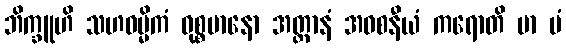
ဘိက္ခူဟိ သဟဓမ္မိကံ ဝုစ္စမာနော အတ္တာနံ အဝစနီယံ ကရောတိ မာ မံ